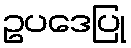
ဥပဒေပြု